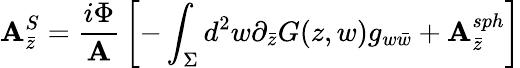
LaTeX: \mathbf{A}_{\bar{{z}}}^{S}={\frac{{i\Phi}}{{\mathbf{A}}}}\left[-\int_{\Sigma}d^{2}w\partial_{\bar{{z}}}G(z,w)g_{w\bar{{w}}}+\mathbf{A}_{\bar{{z}}}^{sph}\right]